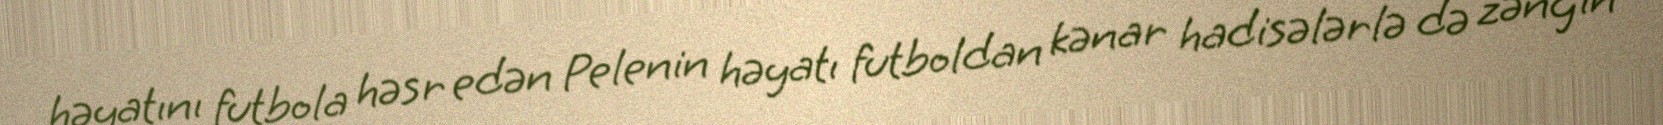
həyatını futbola həsr edən Pelenin həyatı futboldan kənar hadisələrlə də zəngin